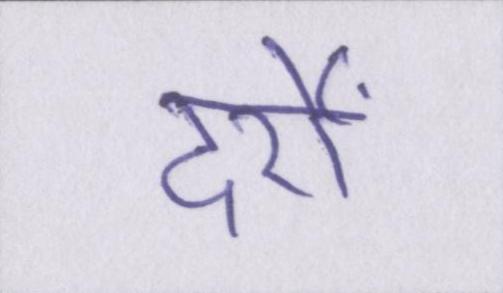
दर्रों